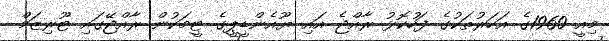
މިއީ 1960ގެ އަހަރުތަކުގެ ފަހުކޮޅު ރާއްޖެ އައި ޔޫއެންޑީޕީގެ ޓީމަކުން ރާއްޖޭގައި ޓޫރިޒަމް